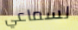
لسماعي